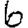
Digit: 6